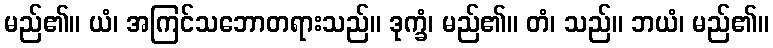
မည်၏။ ယံ၊ အကြင်သဘောတရားသည်။ ဒုက္ခံ၊ မည်၏။ တံ၊ သည်။ ဘယံ၊ မည်၏။